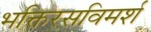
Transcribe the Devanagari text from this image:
भक्तिरसविमर्श